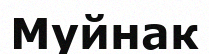
Муйнак